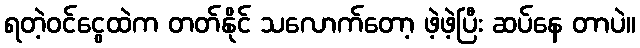
ရတဲ့ဝင်ငွေထဲက တတ်နိုင် သလောက်တော့ ဖဲ့ဖဲ့ပြီး ဆပ်နေ တာပဲ။